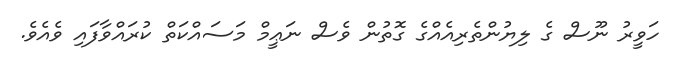
ހަވީރު ނޫސް ގެ ލިޔުންތެރިއެއްގެ ގޮތުން ވެސް ނަޢީމް މަސައްކަތް ކުރައްވާފައި ވެއެވެ.